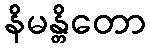
နိမန္တိတော